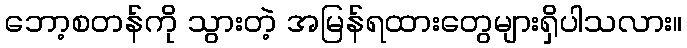
ဘော့စတန်ကို သွားတဲ့ အမြန်ရထားတွေများရှိပါသလား။